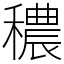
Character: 穠